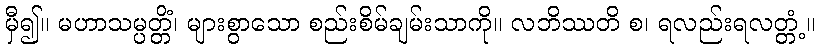
မှီ၍။ မဟာသမ္ပတ္တိံ၊ များစွာသော စည်းစိမ်ချမ်းသာကို။ လဘိဿတိ စ၊ ရလည်းရလတ္တံ့။